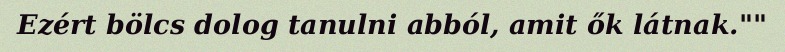
Ezért bölcs dolog tanulni abból, amit ők látnak.""